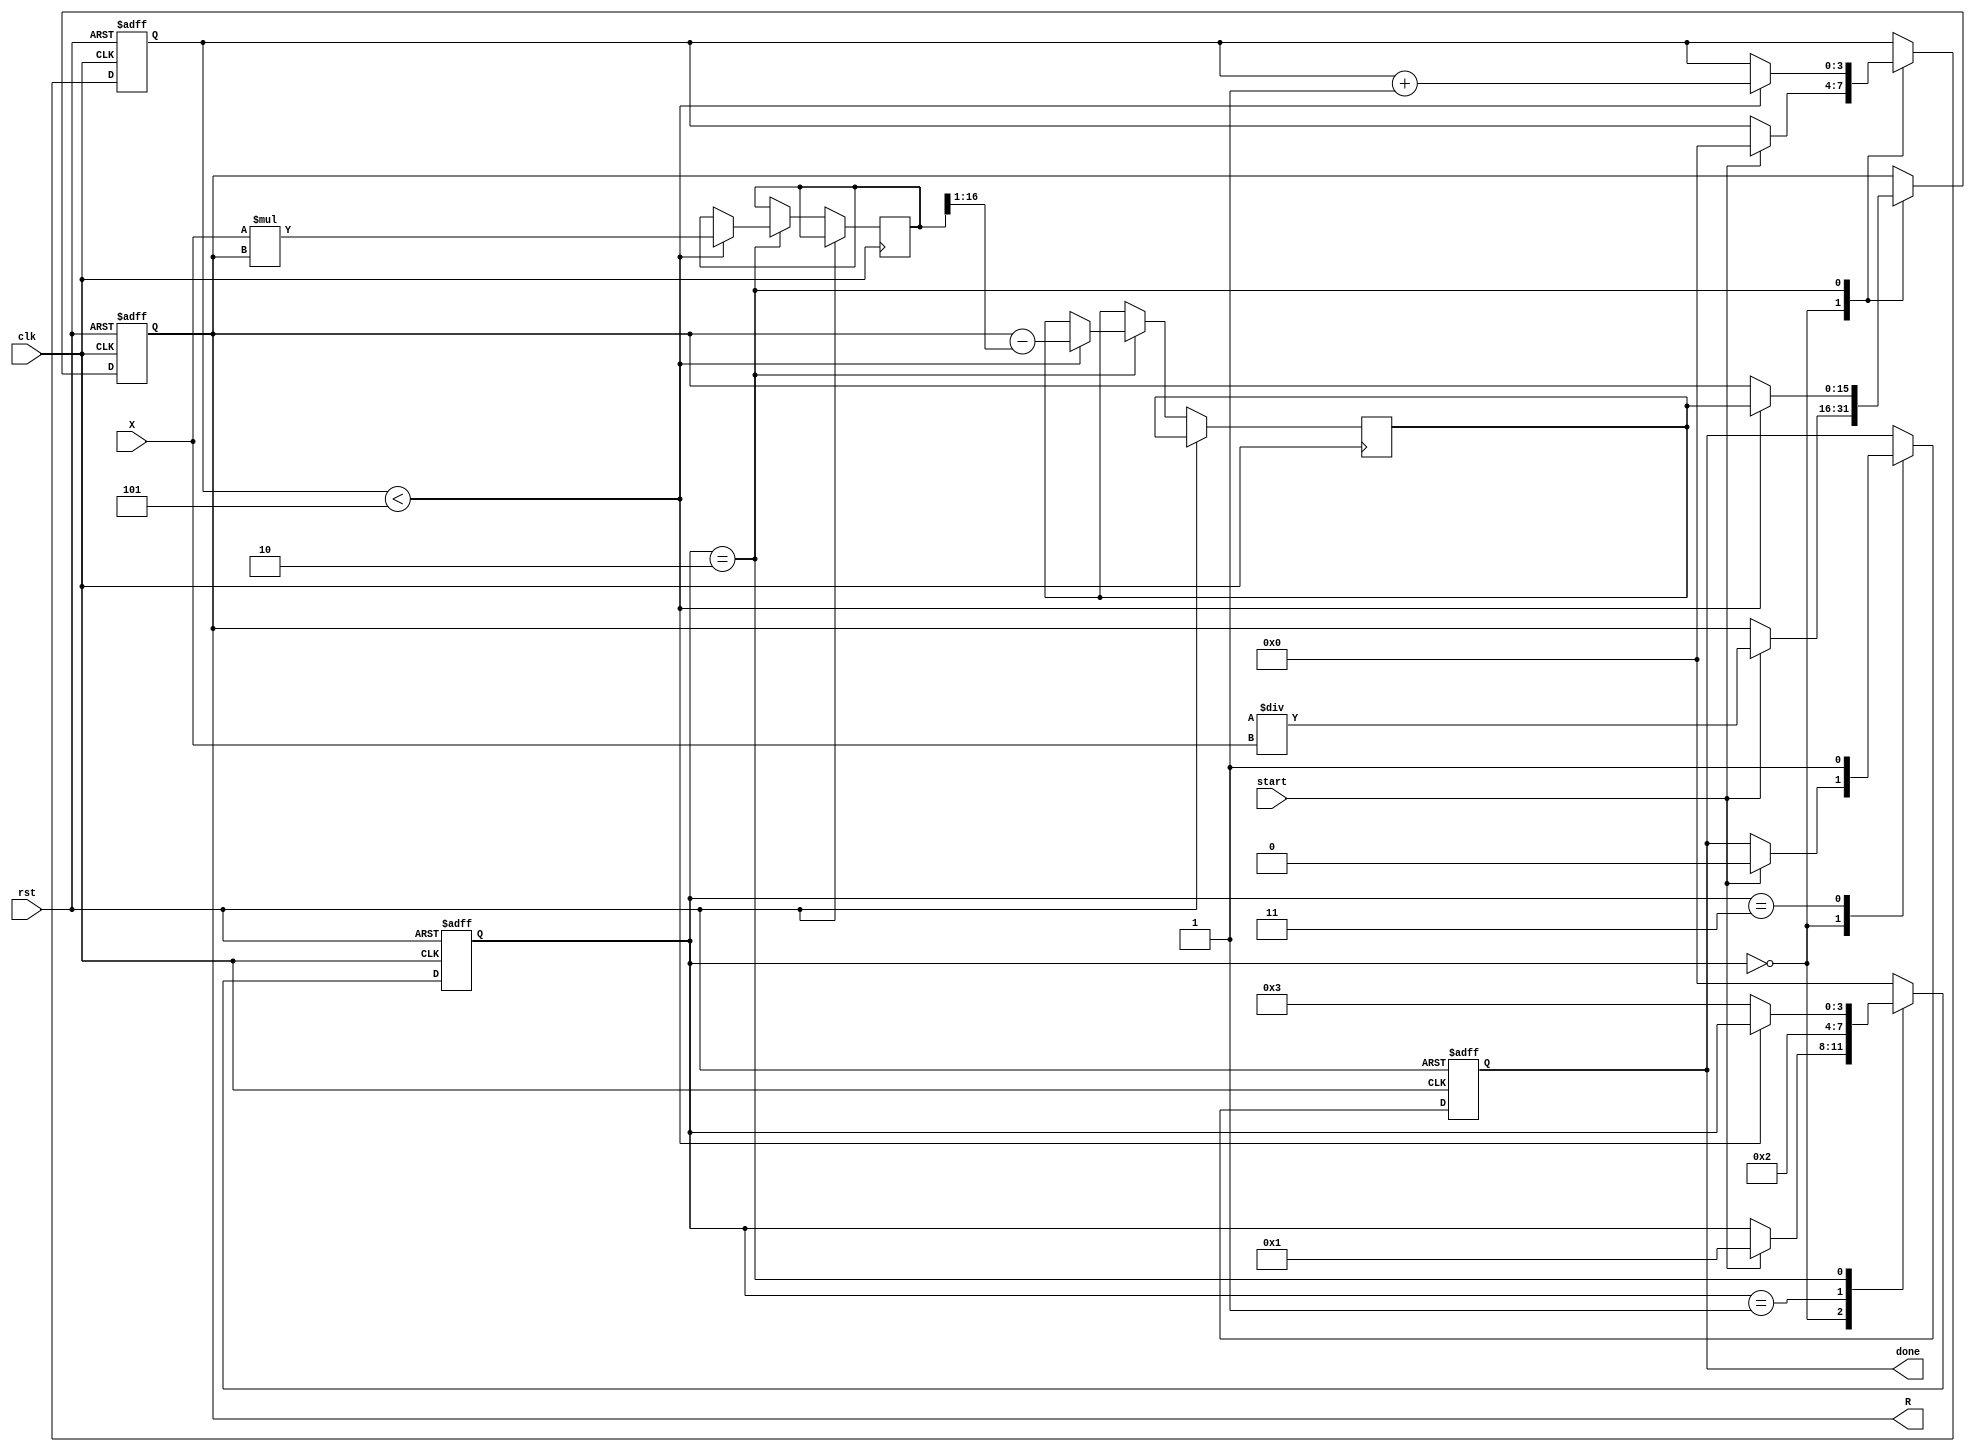
module newton_raphson_reciprocal #(
    parameter N = 16, // Input width
    parameter M = 16, // Output width (should be >= N)
    parameter K = 5   // Number of iterations
)(
    input wire clk,
    input wire rst,
    input wire start,
    input wire [N-1:0] X,
    output reg [M-1:0] R,
    output reg done
);

    reg [M-1:0] R_next; // Next value of R
    reg [N+M-1:0] product; // Intermediate product for X * R
    reg [N+M-1:0] temp; // Temporary variable for calculations
    reg [3:0] state; // State variable for FSM
    reg [3:0] iteration_count; // Iteration counter

    // State encoding
    localparam IDLE = 4'b0000,
               INIT = 4'b0001,
               ITERATE = 4'b0010,
               DONE = 4'b0011;

    // Initial guess for R
    wire [M-1:0] R0 = {1'b0, {(M-N-1){1'b1}}, 1'b0} / X; // R0 = (2^M) / X

    always @(posedge clk or posedge rst) begin
        if (rst) begin
            R <= 0;
            done <= 0;
            state <= IDLE;
            iteration_count <= 0;
        end else begin
            case (state)
                IDLE: begin
                    if (start) begin
                        R <= R0; // Initialize R with R0
                        iteration_count <= 0;
                        done <= 0;
                        state <= INIT;
                    end
                end

                INIT: begin
                    state <= ITERATE; // Move to iteration state
                end

                ITERATE: begin
                    if (iteration_count < K) begin
                        // Calculate R_next = R * (2 - X * R)
                        product <= X * R; // Calculate X * R
                        temp <= {1'b0, product[M-1:0]}; // Align product
                        R_next <= R - (product >> 1); // R_next = R - (X * R) / 2
                        R <= R_next; // Update R
                        iteration_count <= iteration_count + 1; // Increment iteration count
                    end else begin
                        state <= DONE; // Move to done state after K iterations
                    end
                end

                DONE: begin
                    done <= 1; // Set done signal
                    state <= IDLE; // Return to idle state
                end

                default: state <= IDLE; // Default case
            endcase
        end
    end
endmodule